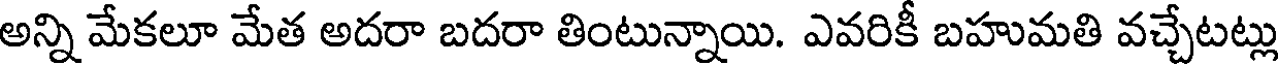
అన్ని మేకలూ మేత అదరా బదరా తింటున్నాయి. ఎవరికీ బహుమతి వచ్చేటట్లు